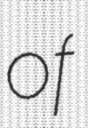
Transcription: of